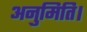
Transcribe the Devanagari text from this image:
अनुमिति।